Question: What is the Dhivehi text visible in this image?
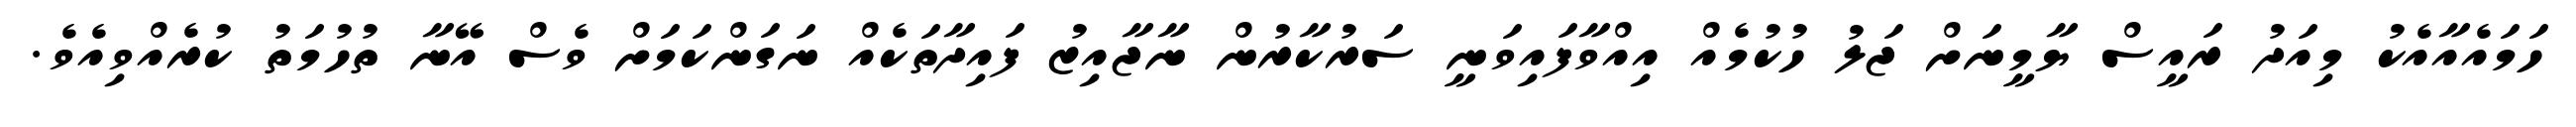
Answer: ހަމައެއާއެކު މިއަދު ރައީސް ޔާމީނަށް ޖަލު ހުކުމެއް އިއްވާފައިވަނީ ސަރުކާރުން ނާޖާއިޒު ފައިދާތަކެއް ނަގަންކަމަށް ވެސް އޭނާ ތުހުމަތު ކުރެއްވިއެވެ.